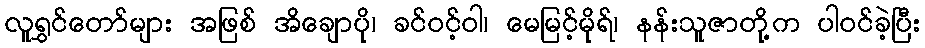
လူရွှင်တော်များ အဖြစ် အိချောပို၊ ခင်ဝင့်ဝါ၊ မေမြင့်မိုရ်၊ နန်းသူဇာတို့က ပါဝင်ခဲ့ပြီး